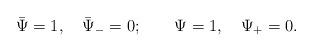
LaTeX: \begin{align*}\bar\Psi=1,~~~ \bar\Psi_-=0;\qquad \Psi=1,~~~ \Psi_+=0.\end{align*}